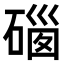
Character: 𥔥